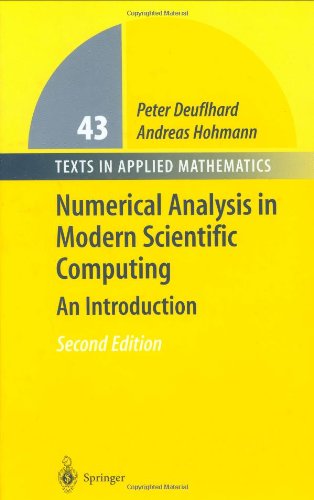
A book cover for Numerical Analysis in Modern Scientific Computing: An Introduction (Texts in Applied Mathematics); Andreas Hohmann; Science & Math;